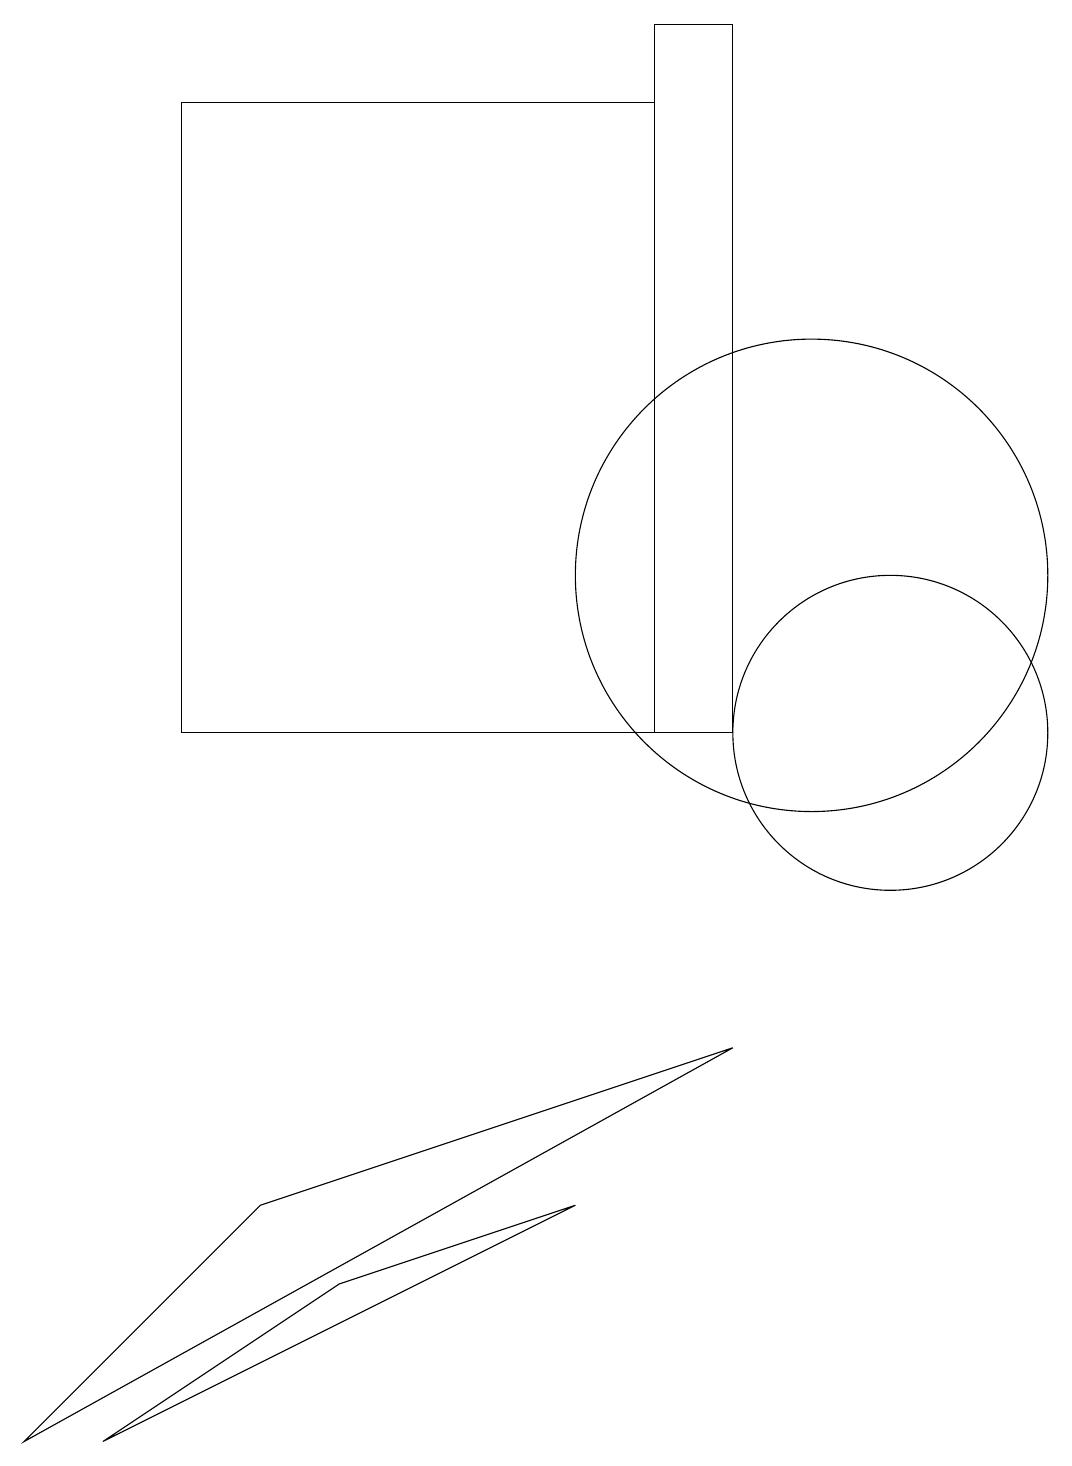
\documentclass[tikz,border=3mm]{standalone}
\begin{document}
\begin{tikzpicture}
\draw (2,18) rectangle (8,10);
\draw (11,10) circle (2);
\draw (8,19) rectangle (9,10);
\draw (10,12) circle (3);
\draw (7,4) -- (1,1) -- (4,3) -- cycle;
\draw (9,6) -- (3,4) -- (0,1) -- cycle;
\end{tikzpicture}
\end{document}